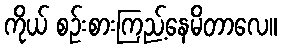
ကိုယ် စဉ်းစားကြည့်နေမိတာလေ။